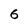
Character: 6